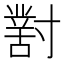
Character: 𡭊